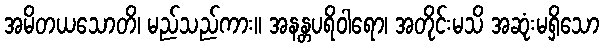
အမိတယသောတိ၊ မည်သည်ကား။ အနန္တပရိဝါရော၊ အတိုင်းမသိ အဆုံးမရှိသော